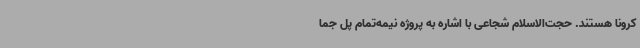
کرونا هستند. حجت‌الاسلام شجاعی با اشاره به پروژه نیمه‌تمام پل جما